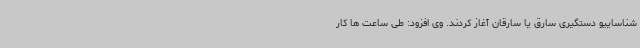
شناساییو دستگیری سارق یا سارقان آغاز کردند. وی افزود: طی ساعت ها کار